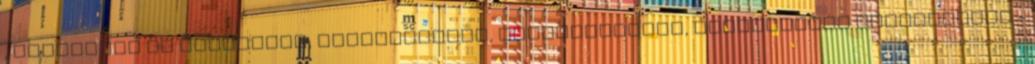
, zsibbadás és bizsergés, izommerevség, figyelemzavar, rendellenes ízérzékelés -